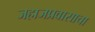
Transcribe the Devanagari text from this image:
जहाजप्रवासाचा